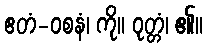
ဧတံ-ဝစနံ၊ ကို။ ဝုတ္တံ၊ ၏။